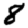
Digit: 8